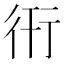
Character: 衎